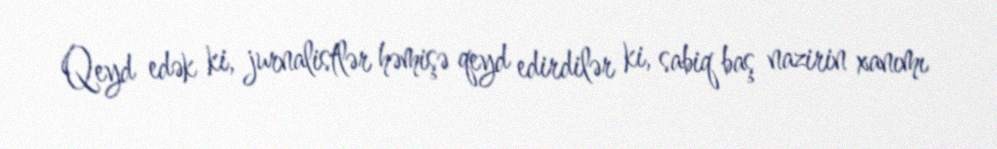
Qeyd edək ki, jurnalistlər həmişə qeyd edirdilər ki, sabiq baş nazirin xanımı